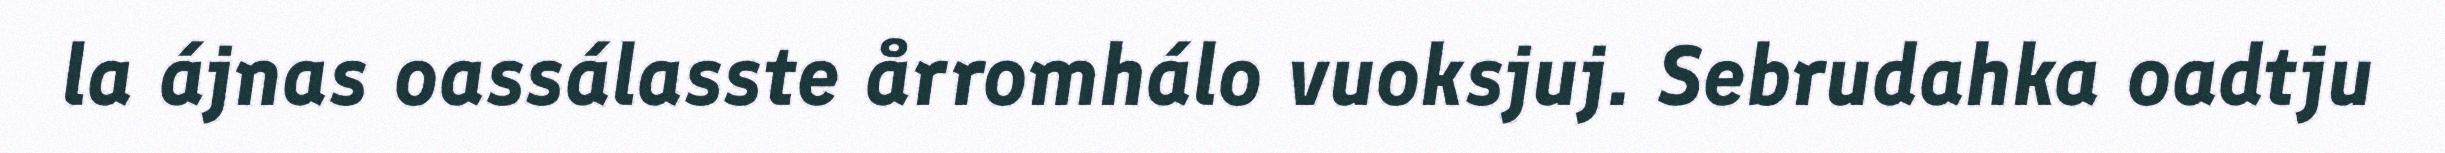
la ájnas oassálasste årromhálo vuoksjuj. Sebrudahka oadtju